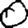
Digit: 0